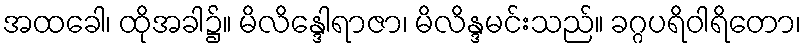
အထခေါ၊ ထိုအခါ၌။ မိလိန္ဒေါရာဇာ၊ မိလိန္ဒမင်းသည်။ ခဂ္ဂပရိဝါရိတော၊